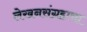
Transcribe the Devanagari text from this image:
लेखनसंग्रहाचा